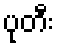
ပုတီး